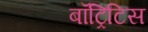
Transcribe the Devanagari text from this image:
बॉट्रिटिस